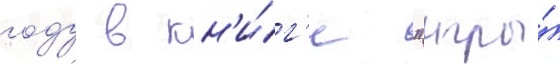
году в кн'и́г'е "игры́